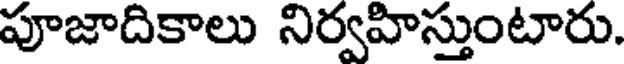
పూజాదికాలు నిర్వహిస్తుంటారు.